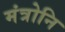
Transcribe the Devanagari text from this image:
मंत्रोनि